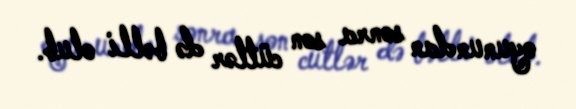
oyunundan sonra son cütlər də bəlli olub.